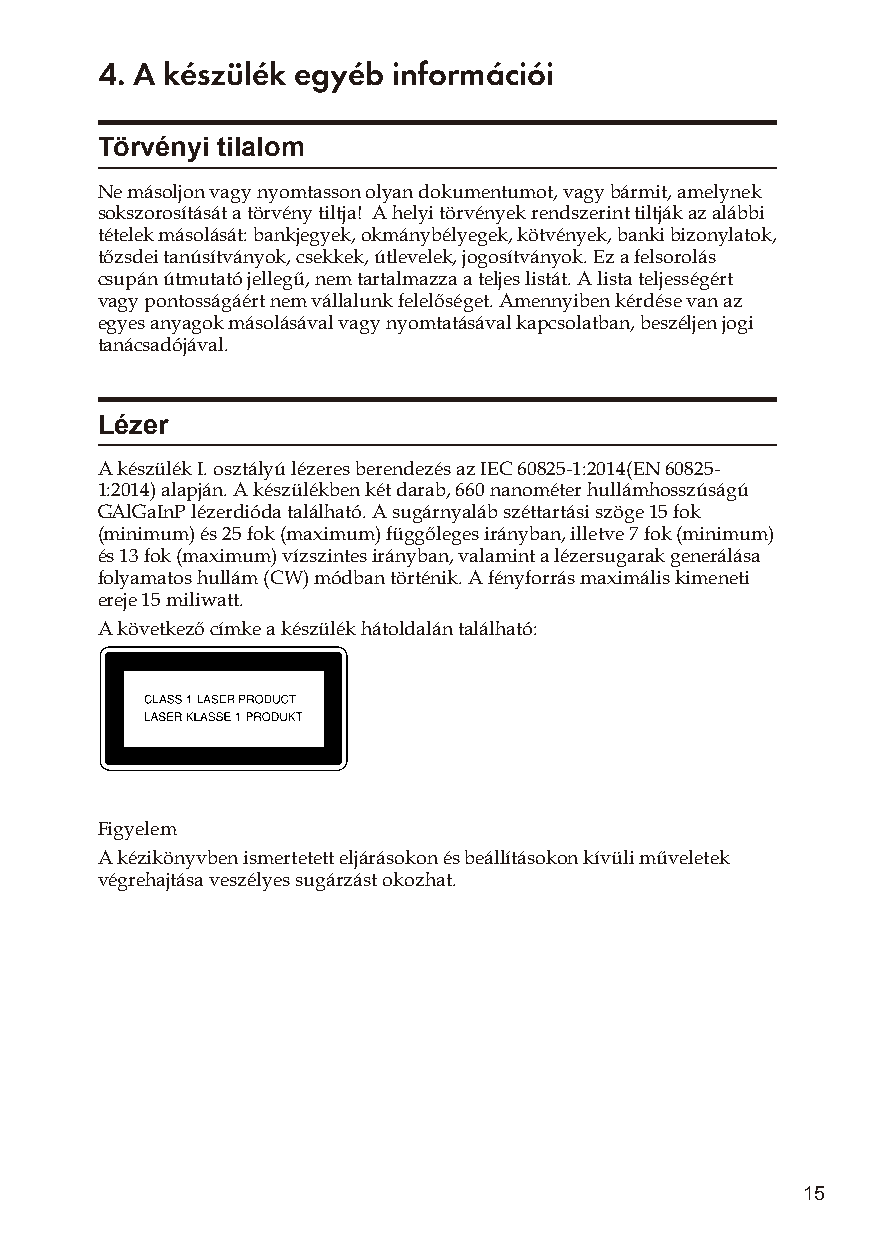
4. A készülék egyéb információi
 Törvényi tilalom
 Ne másoljon vagy nyomtasson olyan dokumentumot, vagy bármit, amelynek
 sokszorosítását a törvény tiltja! A helyi törvények rendszerint tiltják az alábbi
 tételek másolását: bankjegyek, okmánybélyegek, kötvények, banki bizonylatok,
 tőzsdei tanúsítványok, csekkek, útlevelek, jogosítványok. Ez a felsorolás
 csupán útmutató jellegű, nem tartalmazza a teljes listát. A lista teljességért
 vagy pontosságáért nem vállalunk felelőséget. Amennyiben kérdése van az
 egyes anyagok másolásával vagy nyomtatásával kapcsolatban, beszéljen jogi
 tanácsadójával.
 Lézer
 A készülék I. osztályú lézeres berendezés az IEC 60825-1:2014(EN 60825-
 1:2014) alapján. A készülékben két darab, 660 nanométer hullámhosszúságú
 GAlGaInP lézerdióda található. A sugárnyaláb széttartási szöge 15 fok
 (minimum) és 25 fok (maximum) függőleges irányban, illetve 7 fok (minimum)
 és 13 fok (maximum) vízszintes irányban, valamint a lézersugarak generálása
 folyamatos hullám (CW) módban történik. A fényforrás maximális kimeneti
 ereje 15 miliwatt.
 A következő címke a készülék hátoldalán található:
 Figyelem
 A kézikönyvben ismertetett eljárásokon és beállításokon kívüli műveletek
 végrehajtása veszélyes sugárzást okozhat.
 15